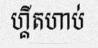
ហ្គីតហាប់